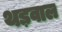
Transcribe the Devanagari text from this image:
थड़वाल